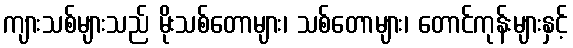
ကျားသစ်များသည် မိုးသစ်တောများ၊ သစ်တောများ၊ တောင်ကုန်းများနှင့်